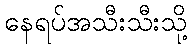
နေရပ်အသီးသီးသို့